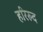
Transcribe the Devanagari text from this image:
हरिरुद